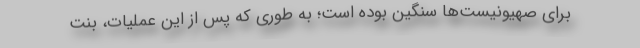
برای صهیونیست‌ها سنگین بوده است؛ به طوری که پس از این عملیات، بنت